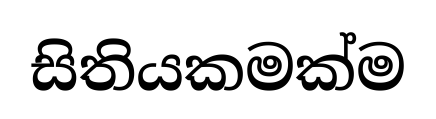
සිතියකමක්ම